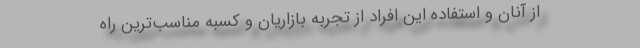
از آنان و استفاده این افراد از تجربه بازاریان و کسبه مناسب‌ترین راه